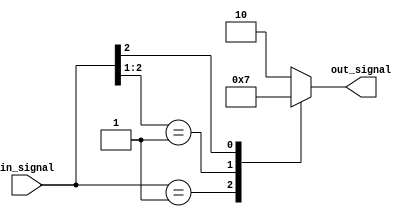
module casez_statement (
    input wire [2:0] in_signal,
    output reg [1:0] out_signal
);

always @*
begin
    casez(in_signal)
        3'b001: out_signal = 2'b00; // if in_signal is 001
        3'b01?: out_signal = 2'b01; // if in_signal is 010 or 011
        3'b1??: out_signal = 2'b11; // if in_signal is 100, 101, 110, or 111
        default: out_signal = 2'b10; // if none of the above conditions are met
    endcase
end

endmodule